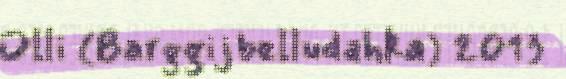
Olli (Barggijbelludahka) 2013